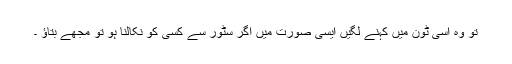
تو وہ اسی ٹون میں کہنے لگیں ایسی صورت میں اگر سٹور سے کسی کو نکالنا ہو تو مجھے بتاؤ ۔